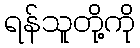
ရန်သူတို့ကို